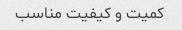
کمیت و کیفیت مناسب